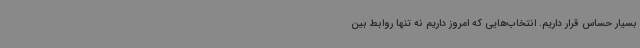
بسیار حساس قرار داریم. انتخاب‌هایی که امروز داریم نه تنها روابط بین